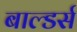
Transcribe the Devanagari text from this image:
बाल्डर्स